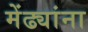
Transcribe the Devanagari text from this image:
मेंढ्यांना